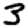
Digit: 3